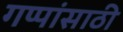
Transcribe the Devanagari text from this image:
गप्पांसाठी